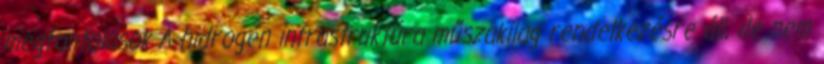
megfontolások A hidrogén infrastruktúra műszakilag rendelkezésre áll, de nem